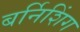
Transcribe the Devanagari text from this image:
बर्निशिंग